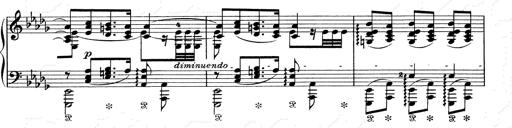
Title: Walhall aus Der Ring des Nibelungen
Composer: Franz Liszt